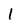
Character: l